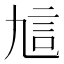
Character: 訄